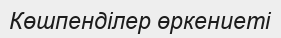
Көшпенділер өркениеті